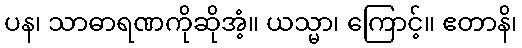
ပန၊ သာဓာရဏကိုဆိုအံ့။ ယသ္မာ၊ ကြောင့်။ ဧတာနိ၊